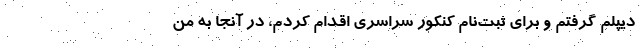
دیپلم گرفتم و برای ثبت‌نام کنکور سراسری اقدام کردم، در آنجا به من